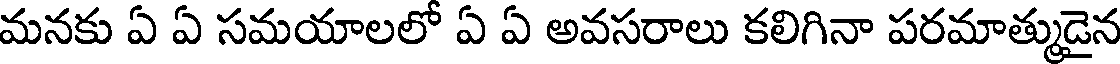
మనకు ఏ ఏ సమయాలలో ఏ ఏ అవసరాలు కలిగినా పరమాత్ముడైన